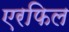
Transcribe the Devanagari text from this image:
एरफिल